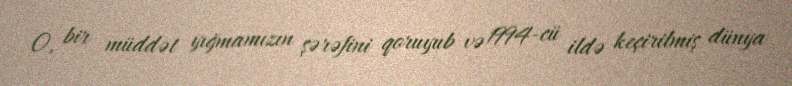
O, bir müddət yığmamızın şərəfini qoruyub və 1994-cü ildə keçirilmiş dünya